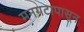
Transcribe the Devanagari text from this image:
मनगटापासून